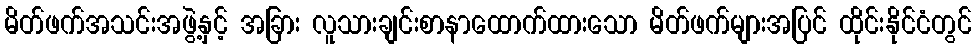
မိတ်ဖက်အသင်းအဖွဲ့နှင့် အခြား လူသားချင်းစာနာထောက်ထားသော မိတ်ဖက်များအပြင် ထိုင်းနိုင်ငံတွင်